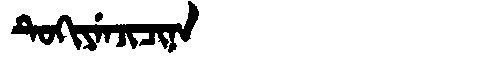
Manchu: ᡨᡠᡴᡳᠶᡝᠨᠵᡳᠴᡳᠨᠠ
Romanization: TUKIYENJICINA